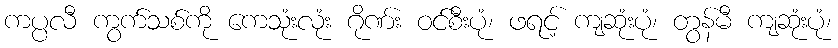
ကပ္ပလီ ကွက်သစ်ကို ကေသုံးလုံး ဂိုဏ်း ဝင်စီးပုံ၊ ဖရင့် ကျဆုံးပုံ၊ တွန်မီ ကျဆုံးပုံ၊